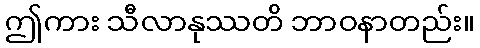
ဤကား သီလာနုဿတိ ဘာဝနာတည်း။